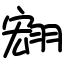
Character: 翝